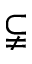
\subsetneqq